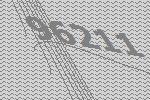
96211